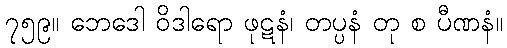
၇၅၉။ ဘေဒေါ ဝိဒါရော ဖုဋနံ၊ တပ္ပနံ တု စ ပီဏနံ။